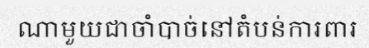
ណាមួយជាចាំបាច់នៅតំបន់ការពារ